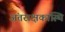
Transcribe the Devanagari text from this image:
अंतराक्षकास्थि